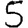
Digit: 5